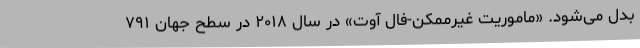
بدل می‌شود. «ماموریت غیرممکن-فال آوت» در سال ۲۰۱۸ در سطح جهان ۷۹۱